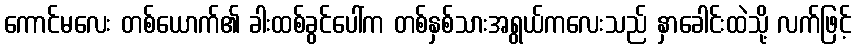
ကောင်မလေး တစ်ယောက်၏ ခါးထစ်ခွင်ပေါ်က တစ်နှစ်သားအရွယ်ကလေးသည် နှာခေါင်းထဲသို့ လက်ဖြင့်